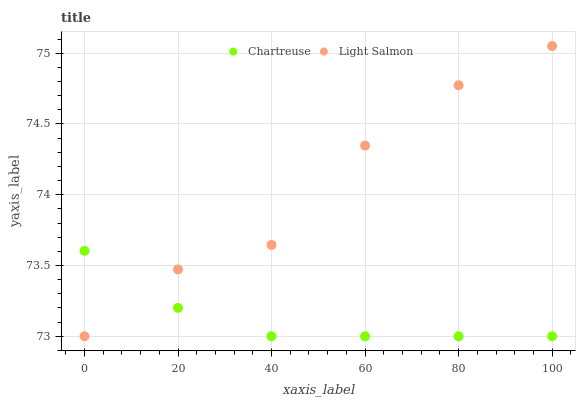
| xaxis_label | Chartreuse | Light Salmon |
 | --- | --- | --- |
 | 0 | 73.6 | 73 |
 | 20 | 73.2 | 73.5 |
 | 40 | 73 | 73.6 |
 | 60 | 73 | 74.3 |
 | 80 | 73 | 74.8 |
 | 100 | 73 | 75.1 |